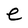
Character: e